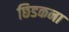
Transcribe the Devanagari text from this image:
छिडकना